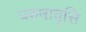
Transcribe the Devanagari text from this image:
परुषावृत्ति